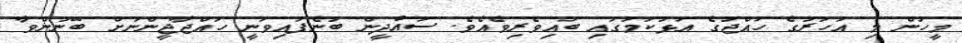
މީހުން މި އަހަރުގެ ހައްޖުގެ އަޅުކަމުގައި ބައިވެރިވެއެވެ. ސައުދީން ބުނެފައިވަނީ ހައްޖާޖީންނަށް ބޭނުންވާ